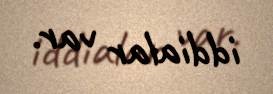
iddialar var.